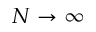
N \rightarrow \infty